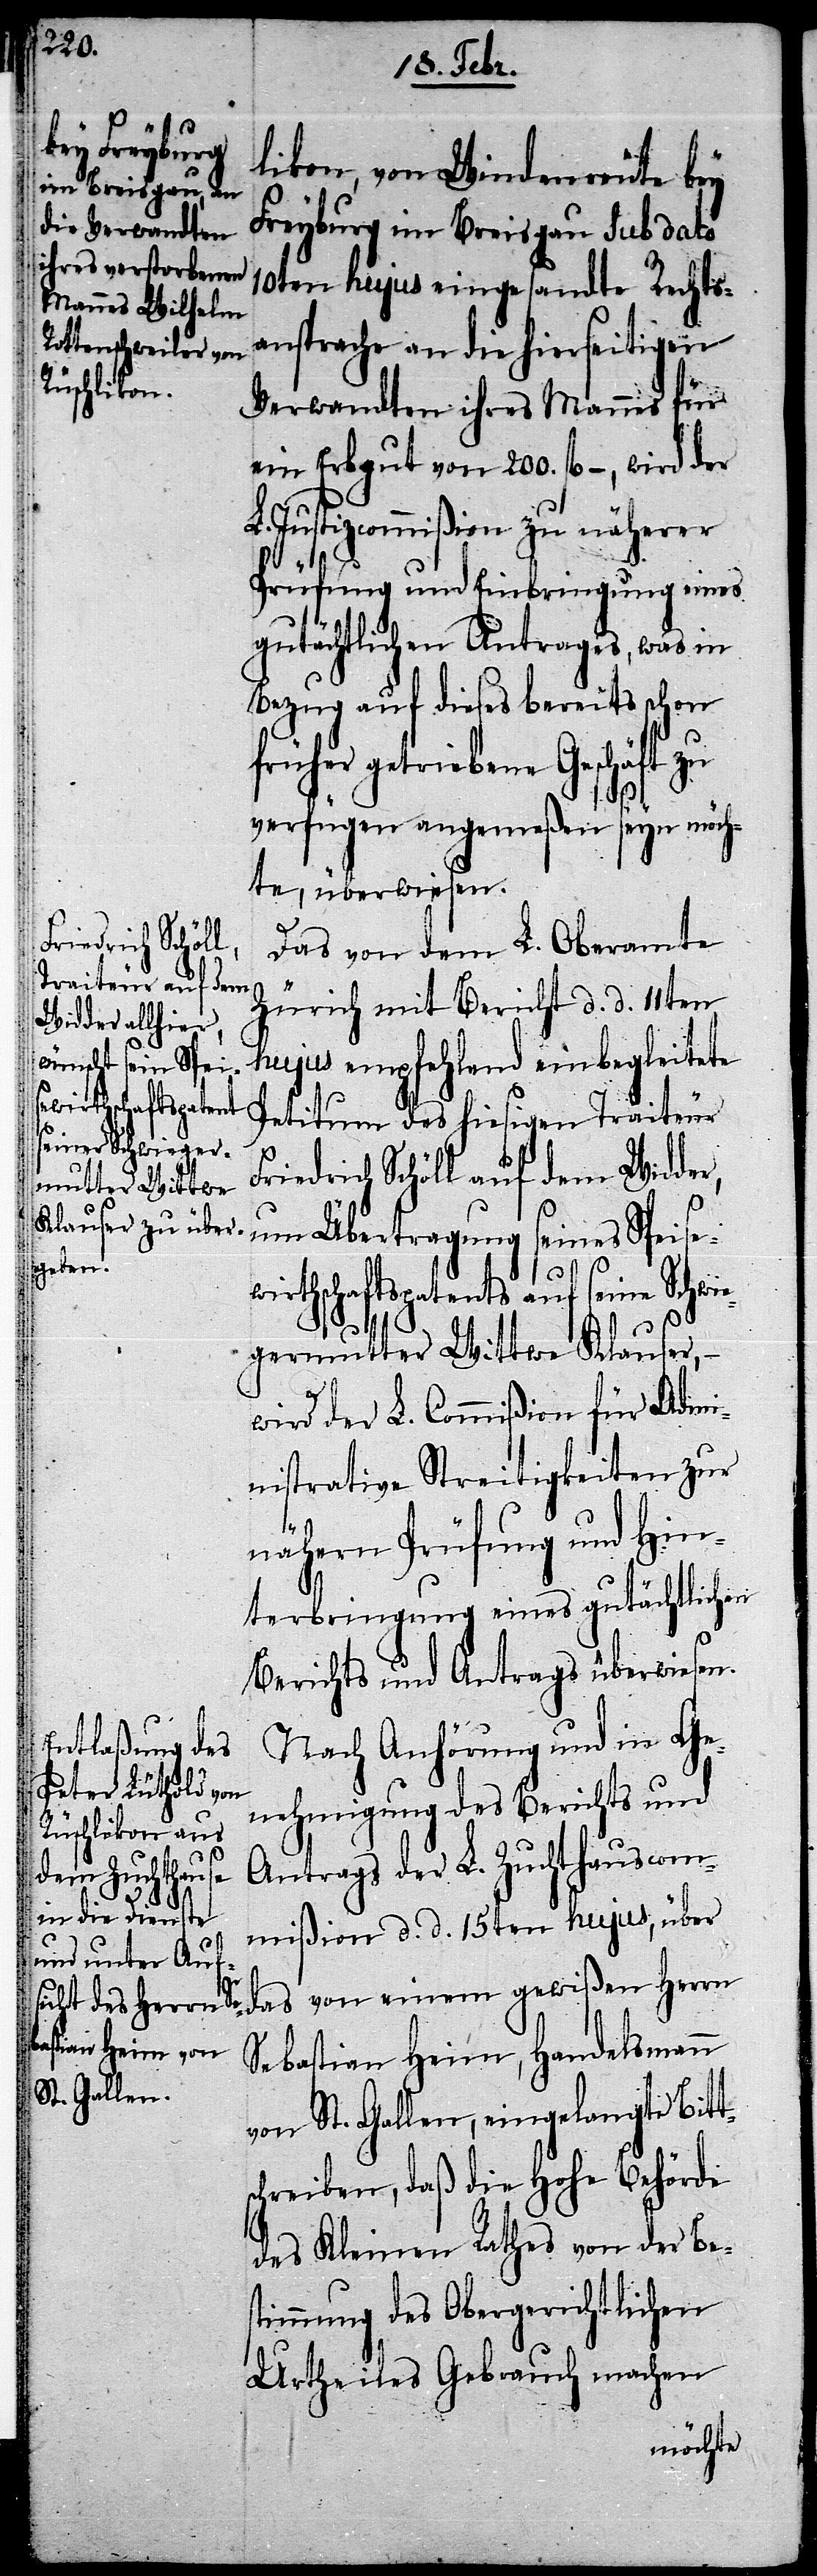
tsc¬
likon, von Windenreute bey
Freyburg im Breisgau sub dato
10ten hujus eingesandte Rechts¬
ansprache an die hierseitigen
Verwandten ihres Mannes für
ein Erbgut von 200. fl. –, wird der
L. Justizcommißion zu näherer
Prüfung und Einbringung eines
gutächtlichen Antrages, was in
Bezug auf dieses bereits schon
früher getriebene Geschäft zu
verfügen angemeßen seyn möch¬
te, überwiesen.
Friedrich Schöll
Das von dem L. Oberamte
Zürich mit Bericht d. d. 11ten
hujus empfehlend einbegleitete
Petitum des hiesigen Traiteur
auf dem Widder, um Übertragung seines Speise¬
wirthschaftspatents auf seine Schwie¬
germutter Wittwe Klauser, –
wird der L. Commißion für Admi¬
nistrative Streitigkeiten zur
nähern Prüfung und Hin¬
terbringung eines gutächtlichen
Berichts und Antrags überwiesen.
Nach Anhörung und in Ge¬
nehmigung des Berichts und
Antrags der L. Zuchthauscom¬
mißion d. d. 15ten hujus, über
von einem gewißen Herrn
Sebastian Heim, Handelsmann
von St. Gallen, eingelangte Bit¬
hreiben, daß die Hohe Behörde
des Kleinen Rathes von der Be¬
stimmung des Obergerichtlichen
Urtheiles Gebrauch machen